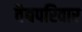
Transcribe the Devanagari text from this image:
वैद्यपरिवार